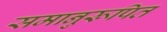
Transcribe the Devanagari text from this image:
समानुरूपित